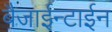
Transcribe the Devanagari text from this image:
बैजाईन्टाईन